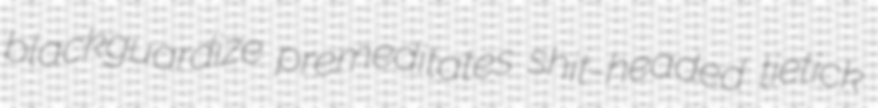
blackguardize premeditates shit-headed tietick